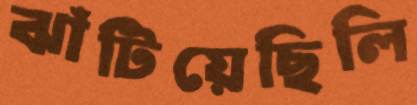
ঝাঁটিয়েছিলি